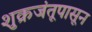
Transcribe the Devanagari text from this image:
शुक्रजंतूपासून